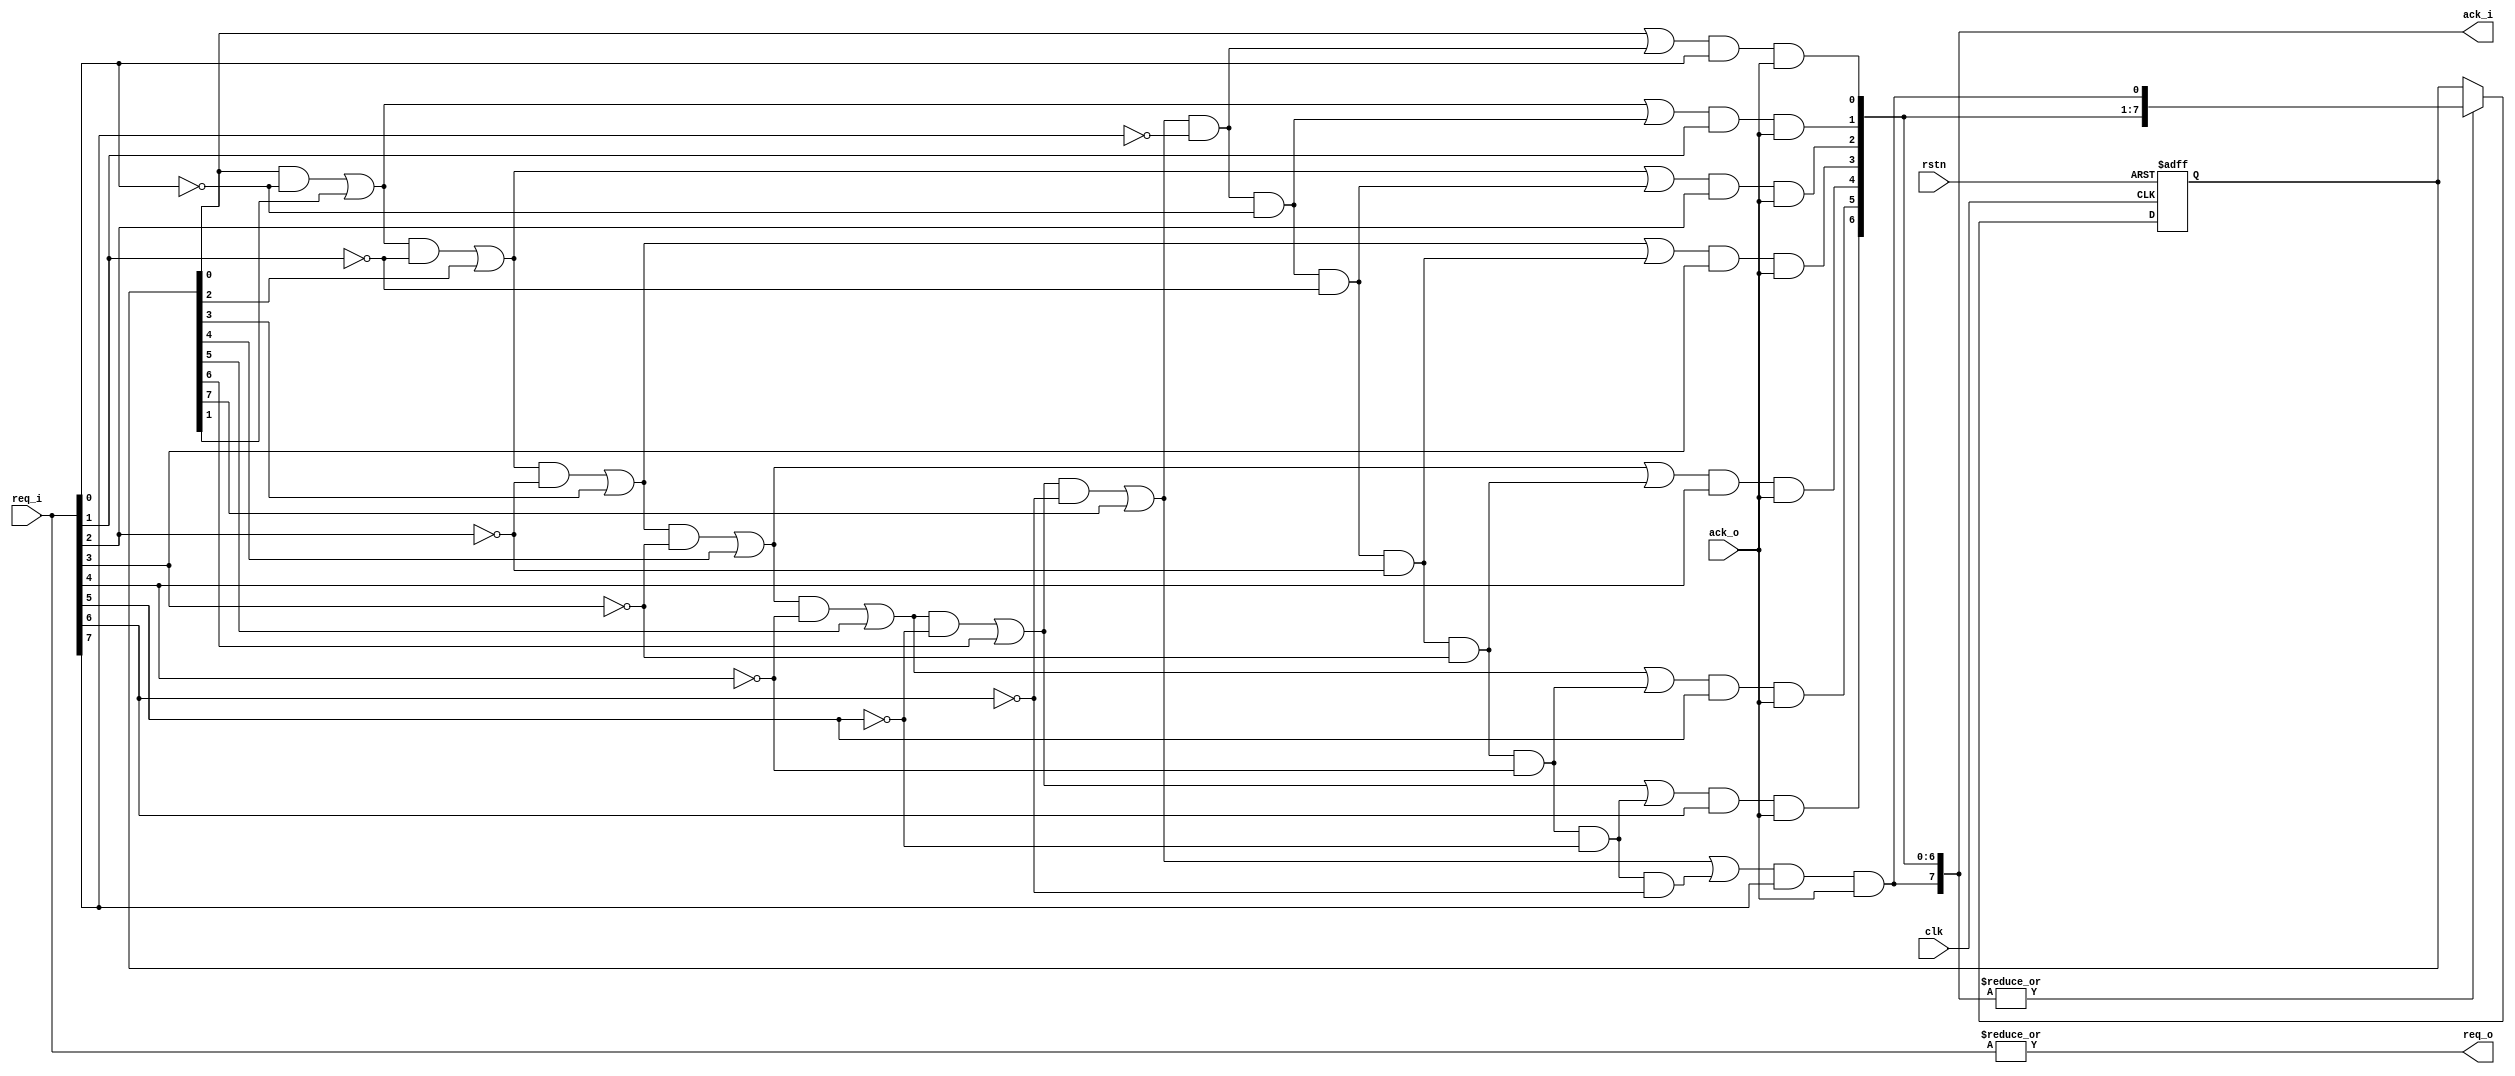
module ArbRR #(parameter N=8)
(
    input clk,rstn,
    input [N-1:0] req_i,
    output [N-1:0] ack_i,
    output req_o,
    input ack_o
);
    genvar i;
    wire token[2*N-1:0];
    reg [N-1:0] prio;

    always @(posedge clk or negedge rstn) begin
        if(!rstn) begin
            prio<=1;
        end
        else if(|ack_i) begin
            prio<={ack_i[N-2:0],ack_i[N-1]};
        end
    end
    assign req_o=|req_i;
    generate
        for (i = 0; i<N ; i=i+1 ) begin
            if(i==0) begin
                assign ack_i[0]=(prio[0]|token[N-1])&req_i[0]&ack_o;
                assign token[0]=prio[0]&~req_i[0];
                assign token[N]=token[N-1]&~req_i[0];
            end
            else begin
                assign ack_i[i]=(token[i-1]|prio[i]|token[N+i-1])&req_i[i]&ack_o;
                assign token[i]=(token[i-1]|prio[i])&~req_i[i];
                assign token[N+i]=token[N+i-1]&~req_i[i];
            end
        end
    endgenerate
endmodule